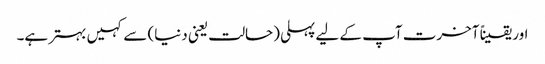
اور یقیناً آخرت آپ کے لیے پہلی (حالت یعنی دنیا) سے کہیں بہتر ہے۔